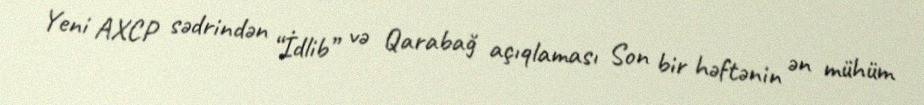
Yeni AXCP sədrindən “İdlib” və Qarabağ açıqlaması Son bir həftənin ən mühüm